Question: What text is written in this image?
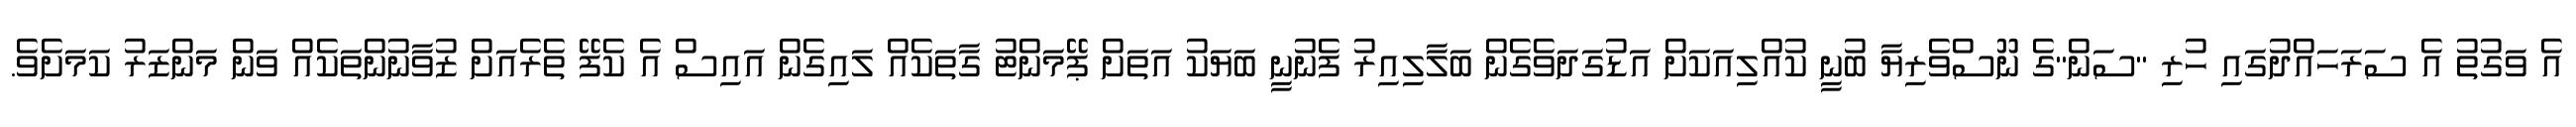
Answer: އެ ވަގުތު އެ ސަރަހައްދުގައި ހުރި "ސަން"ގެ ނޫސްވެރިޔާ ބުނީ ކުއްލިއަކަށް އަޑުގަދަވެގެން ބަލާލިއިރު ފެނުނީ ބަޔަކު އަތަށް ޕޭމަންޓު ގާތަކެއް ލައިގެން އައިސް އެ ކެފޭ ތެރެއަށް ޒުވާނުންތަކެއް ވަން މަންޒަރު ކަމަށެވެ.